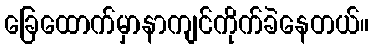
ခြေထောက်မှာနာကျင်ကိုက်ခဲနေတယ်။